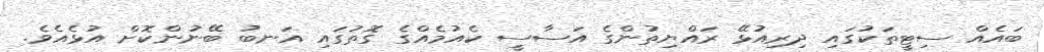
ބައެއް ސިޓީތަކުގައި ދިރިއުޅޭ ރައްޔިތުންގެ އަސާސީ ކެއުމެއްގެ ގޮތުގައި އަނބު ބޭނުންކޮށް އުޅެއެވެ.